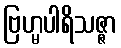
ဗြဟ္မပါရိသဇ္ဇာ